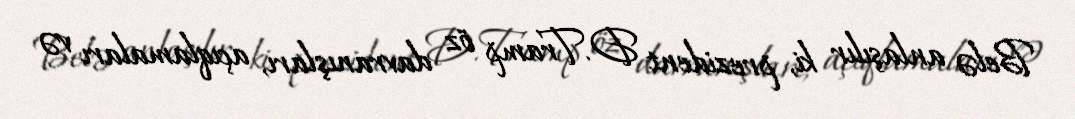
Belə anlaşılır ki, prezident D.Tramp öz davranışları, açıqlamaları və